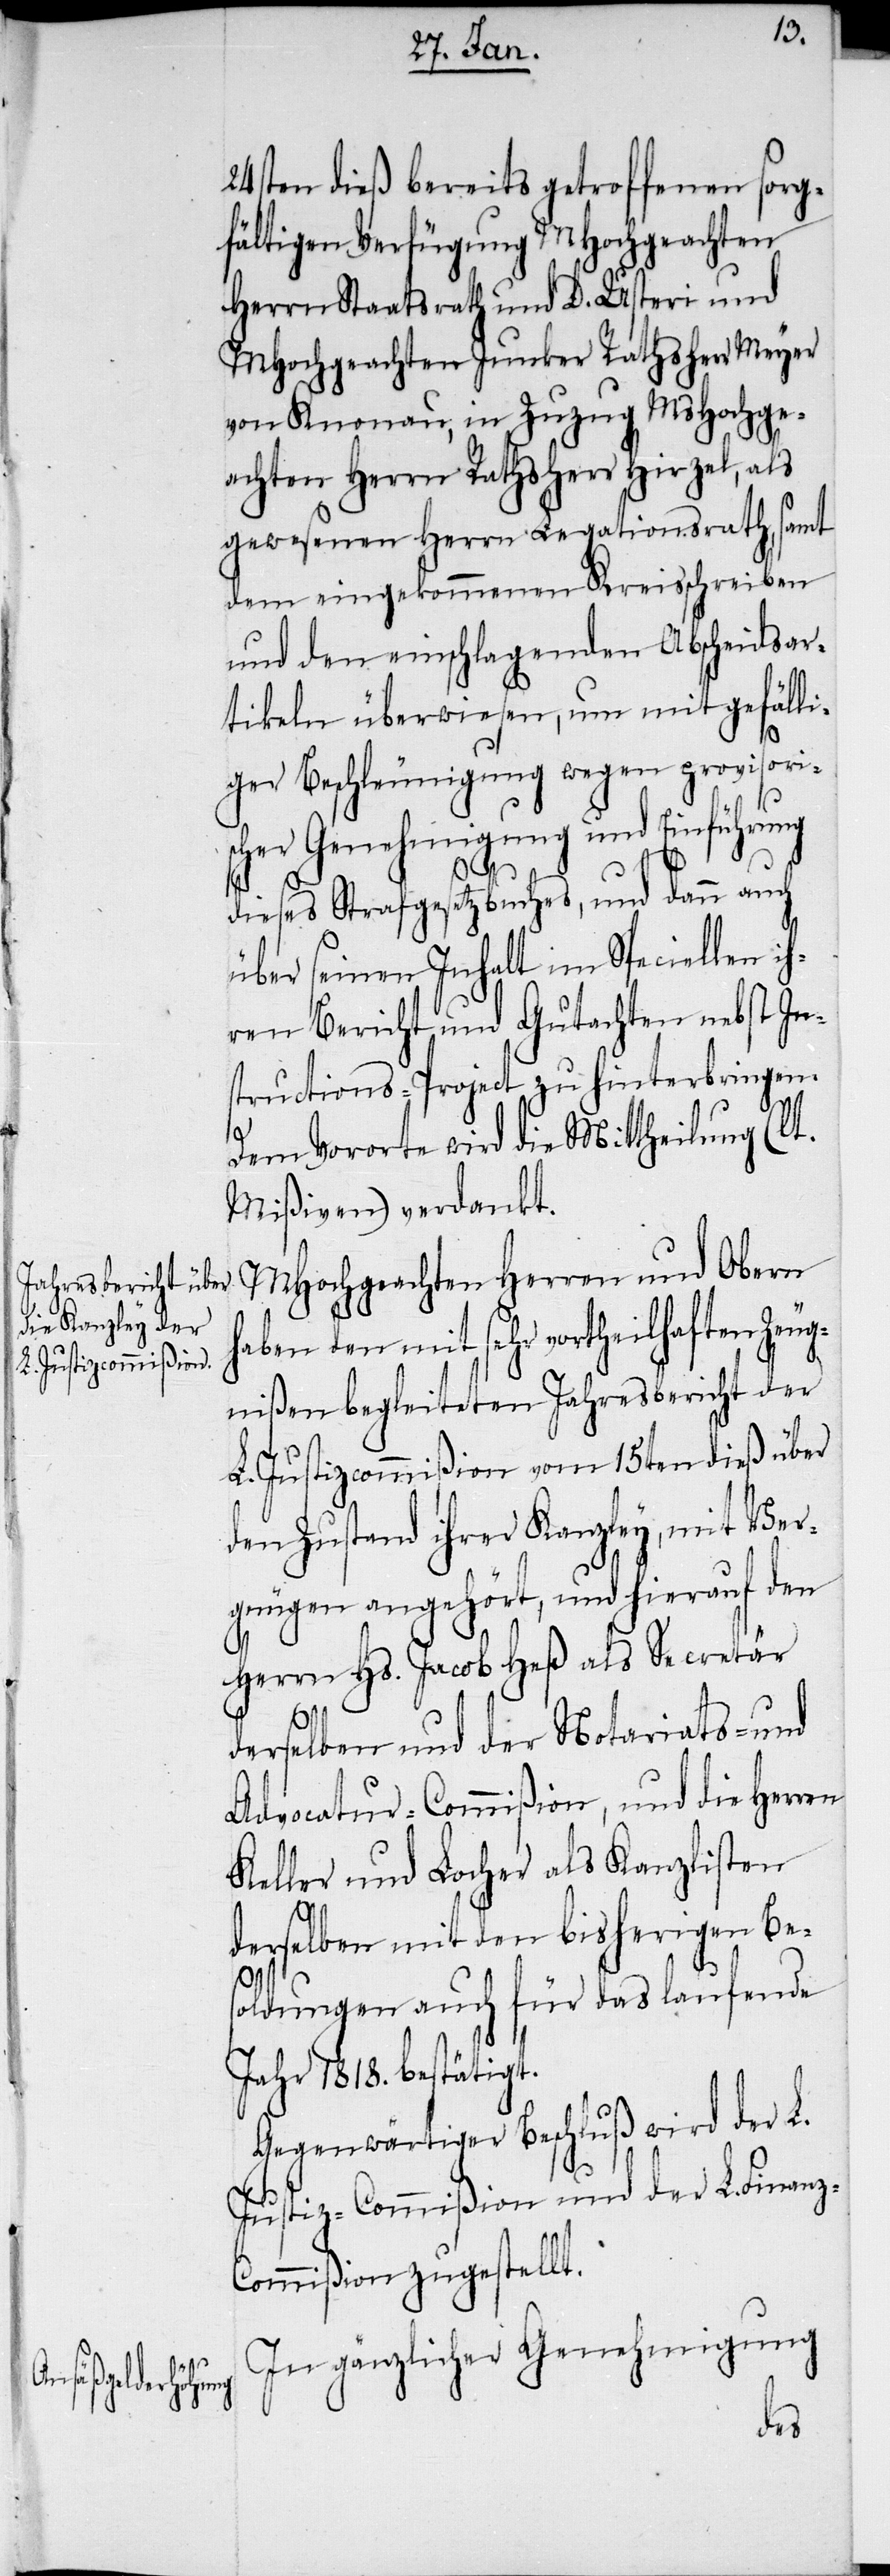
24sten dieß bereits getroffenen sorg¬
fältigen Verfügung MHochgeachten
Herrn Staatsrath und D. Usteri und
MHochgeachten Junker Rathsherr Meyer
von Knonau, in Zuzug MsHochge¬
achten Herrn Rathsherr Hirzel, als
gewesenen Herrn Legationsrath, samt
dem eingekommenen Kreisschreiben
und den einschlagenden Abscheidsar¬
tikeln überwiesen, um mit gefälli¬
ger Beschleunigung wegen provisori¬
scher Genehmigung und Einführung
dieses Strafgesetzbuches, und dann auch
über seinen Inhalt im Speciellen ih¬
ren Bericht und Gutachten nebst In¬
structions-Project zu hinterbringen.
Dem Vororte wird die Mittheilung (lt.
Mißiven) verdankt.
MHochgeachten Herren und Obern
haben den mit sehr vortheilhaften Zeug¬
nißen begleiteten Jahresbericht der
L. Justizcommißion vom 15ten dieß über
den Zustand ihrer Kanzley, mit Ver¬
gnügen angehört, und hierauf den
Herrn Hs. Jacob Heß als Secretär
derselben und der Notariats- und
Advocatur-Commißion, und die Herren
Keller und Locher als Kanzlisten
derselben mit den bisherigen Bes¬
oldungen auch für das laufende
Jahr 1818. bestätigt.
Gegenwärtiger Beschluß wird der L.
Justiz-Commißion und der L. Finanz-C¬
ommißion zugestellt.
In gänzlicher Genehmigung